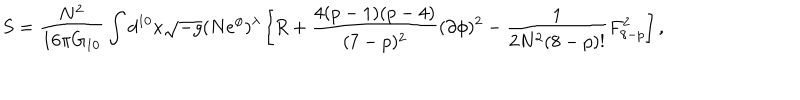
S = \frac { N ^ { 2 } } { 1 6 \pi G _ { 1 0 } } \int d ^ { 1 0 } x \sqrt { - g } ( N e ^ { \phi } ) ^ { \lambda } \left[ R + \frac { 4 ( p - 1 ) ( p - 4 ) } { ( 7 - p ) ^ { 2 } } ( \partial \phi ) ^ { 2 } - \frac { 1 } { 2 N ^ { 2 } ( 8 - p ) ! } F _ { 8 - p } ^ { 2 } \right] ,